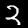
Label: 2